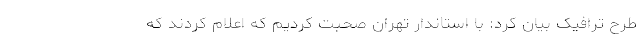
طرح ترافیک بیان کرد: با استاندار تهران صحبت کردیم که اعلام کردند که